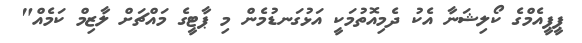
ޕީޕީއެމްގެ ކޯލިޝަނާ އެކު ދެމިއޮތުމަކީ އަޅުގަނޑުމެން މި ޕާޓީގެ މައްޗަށް ލާޒިމް ކަމެއް"